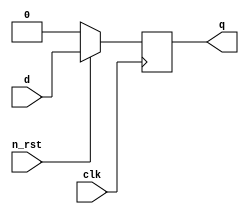
module flipflop	(q, d, clk, n_rst) ;
input 			d, clk, n_rst ;
output reg q ;

always @(posedge clk) begin
	if (n_rst == 0)
		q <= 0;
	else
		q <= d;
end
endmodule